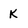
Character: K